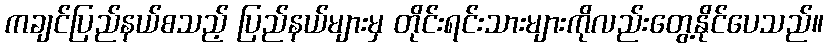
ကချင်ပြည်နယ်စသည့် ပြည်နယ်များမှ တိုင်းရင်းသားများကိုလည်းတွေ့နိုင်ပေသည်။